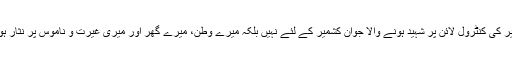
اب کشمیر کی کنٹرول لائن پر شہید ہونے والا جوان کشمیر کے لئے نہیں بلکہ میرے وطن، میرے گھر اور میری غیرت و ناموس پر نثار ہورہا ہے۔